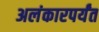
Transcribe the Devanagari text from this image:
अलंकारपर्यंत